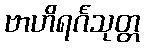
ဗာဟိရင်္ဂသုတ္တ